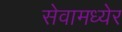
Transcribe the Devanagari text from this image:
सेवामध्येर